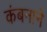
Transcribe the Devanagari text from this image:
कंबनाने